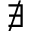
\nexists